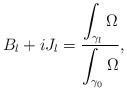
LaTeX: \begin{align*}B_l + iJ_l = \frac{\displaystyle\int_{\gamma_l}\Omega}{\displaystyle\int_{\gamma_0}\Omega}, \end{align*}